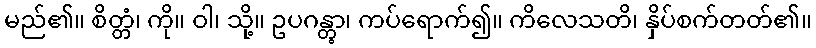
မည်၏။ စိတ္တံ၊ ကို။ ဝါ၊ သို့။ ဥပဂန္တွာ၊ ကပ်ရောက်၍။ ကိလေသတိ၊ နှိပ်စက်တတ်၏။